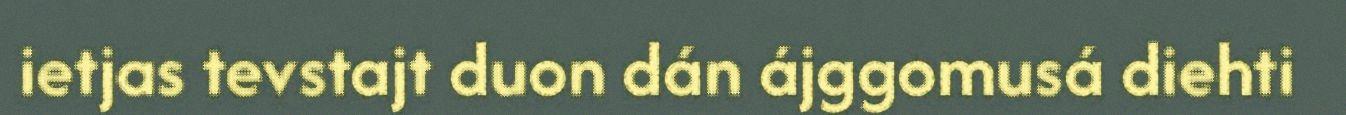
ietjas tevstajt duon dán ájggomusá diehti